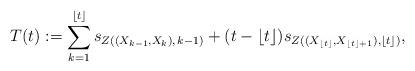
LaTeX: \begin{align*}T(t):=\sum_{k=1}^{\lfloor t\rfloor } s_{Z((X_{k-1},X_k),\, k-1)}+(t-\lfloor t\rfloor )s_{Z((X_{\lfloor t\rfloor},X_{\lfloor t\rfloor+1}),\lfloor t\rfloor)},\end{align*}